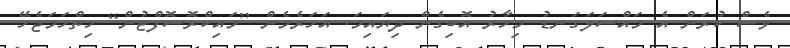
ވެސް ކުރަން އެ މައްސަލަގަނޑު މިހާރު އޮބިގެން ދިޔައިމަ. އަހަރެމެން [މައިކްރޮސޮފްޓުން] ހިތްހަމަޖެހޭ